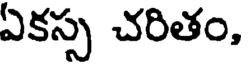
ఏకస్స చరితం,